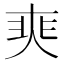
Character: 𡘼